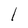
Character: l